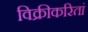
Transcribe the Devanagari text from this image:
विक्रीकरितां